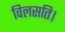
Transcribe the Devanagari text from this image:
विलसति।